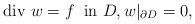
LaTeX: \begin{align*}\mbox{div $w$}=f \;\;\mbox{in $D$}, w|_{\partial D}=0,\end{align*}